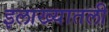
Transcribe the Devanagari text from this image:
इलाख्यातली